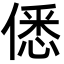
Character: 僁